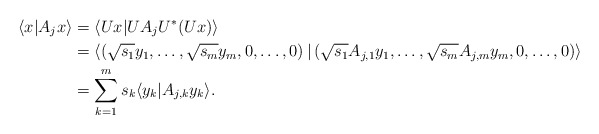
\begin{align*} \langle x| A_j x\rangle & = \langle Ux| UA_j U^* (Ux)\rangle\\ & = \left\langle \left(\sqrt{s_1} y_1, \dots, \sqrt{s_m} y_m, 0, \dots, 0\right)| \left(\sqrt{s_1} A_{j, 1} y_1, \dots, \sqrt{s_m} A_{j, m} y_m, 0, \dots, 0\right)\right\rangle \\ & = \sum\limits_{k=1}^m s_k \langle y_k | A_{j, k} y_k\rangle.\end{align*}